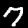
Digit: 7